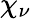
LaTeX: \chi_{\nu}